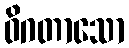
ဝိဂတာသော